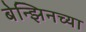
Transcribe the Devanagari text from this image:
बेन्झिनच्या